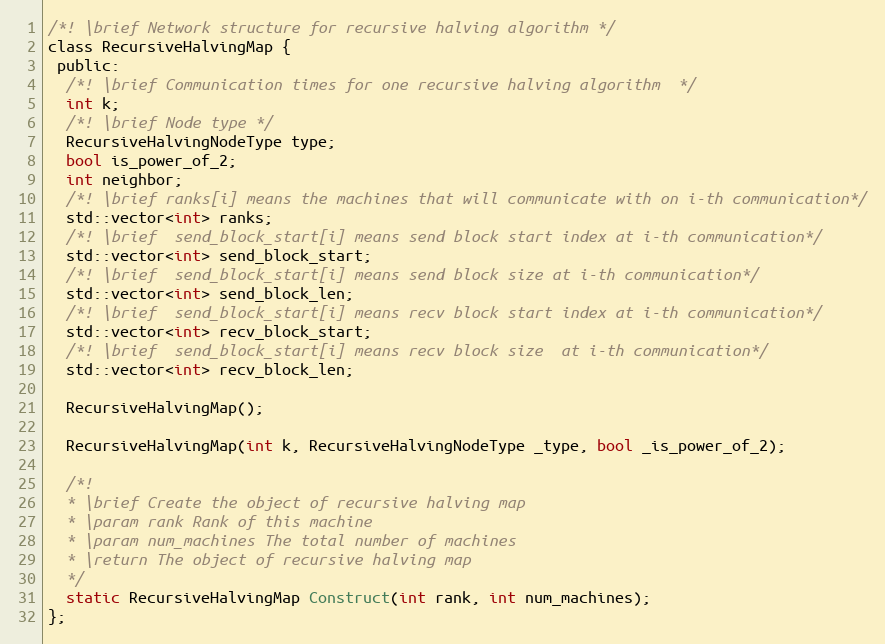
Language: C
/*! \brief Network structure for recursive halving algorithm */
class RecursiveHalvingMap {
 public:
  /*! \brief Communication times for one recursive halving algorithm  */
  int k;
  /*! \brief Node type */
  RecursiveHalvingNodeType type;
  bool is_power_of_2;
  int neighbor;
  /*! \brief ranks[i] means the machines that will communicate with on i-th communication*/
  std::vector<int> ranks;
  /*! \brief  send_block_start[i] means send block start index at i-th communication*/
  std::vector<int> send_block_start;
  /*! \brief  send_block_start[i] means send block size at i-th communication*/
  std::vector<int> send_block_len;
  /*! \brief  send_block_start[i] means recv block start index at i-th communication*/
  std::vector<int> recv_block_start;
  /*! \brief  send_block_start[i] means recv block size  at i-th communication*/
  std::vector<int> recv_block_len;

  RecursiveHalvingMap();

  RecursiveHalvingMap(int k, RecursiveHalvingNodeType _type, bool _is_power_of_2);

  /*!
  * \brief Create the object of recursive halving map
  * \param rank Rank of this machine
  * \param num_machines The total number of machines
  * \return The object of recursive halving map
  */
  static RecursiveHalvingMap Construct(int rank, int num_machines);
};